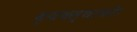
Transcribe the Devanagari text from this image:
व्यवस्थाकी।